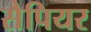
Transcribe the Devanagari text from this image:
सैपियर